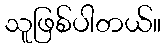
သူဖြစ်ပါတယ်။